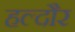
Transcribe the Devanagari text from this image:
हल्दौर